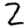
Digit: 2